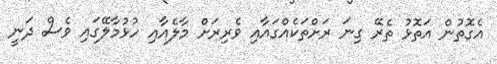
އެގޮތުން އަތޮޅު ތެރޭ ގިނަ ރަށްތަކެއްގައާއި ވެރިރަށް މާލެއާއި ހުޅުމާލޭގައި ވެސް ދަނީ